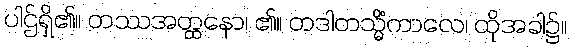
ပါဌ်ရှိ၏။ တဿအတ္ထနော၊ ၏။ တဒါတသ္မိံကာလေ၊ ထိုအခါ၌။